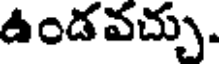
ఉండవచ్చు.